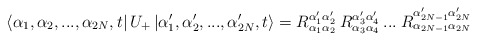
\begin{align*}\left\langle \alpha _{1},\alpha _{2},...,\alpha _{2N},t\right| U_{+}\left| \alpha _{1}',\alpha _{2}',...,\alpha _{2N}',t\right\rangle =R^{\alpha _{1}'\alpha _{2}'}_{\alpha _{1}\alpha _{2}}\: R^{\alpha _{3}'\alpha _{4}'}_{\alpha _{3}\alpha _{4}}\: ...\: R^{\alpha _{2N-1}'\alpha _{2N}'}_{\alpha _{2N-1}\alpha _{2N}}\end{align*}